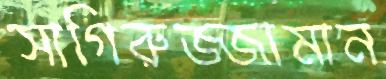
সাগিরুজ্জামান